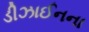
ડીઝાઈનના